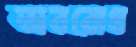
অবরোধ